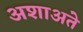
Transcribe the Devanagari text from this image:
अशाअते